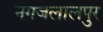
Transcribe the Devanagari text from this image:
नगजलालपुर